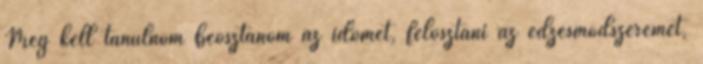
Meg kell tanulnom beosztanom az időmet, felosztani az edzésmódszeremet,